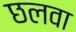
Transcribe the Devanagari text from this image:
छलवा